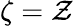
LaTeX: \zeta=\mathcal{Z}